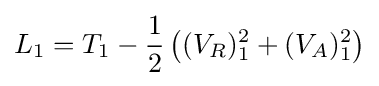
L_{1}=T_{1}-{\frac {1}{2}}\left((V_{R})_{1}^{2}+(V_{A})_{1}^{2}\right)